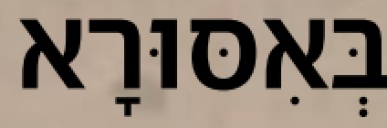
בְּאִסּוּרָא